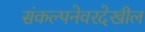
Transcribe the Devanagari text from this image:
संकल्पनेवरदेखील